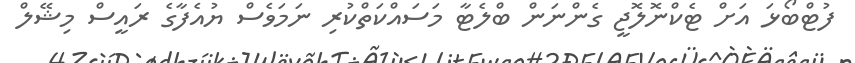
ފުޓްބޯޅަ އަށް ޓެކްނޮލޮޖީ ގެންނަން ބްލެޓާ މަސައްކަތްކުރި ނަމަވެސް ޔުއެފާގެ ރައީސް މިޝޭލް